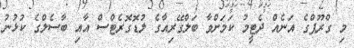
މި ގްރޫޕްގެ އަނެއް ދެޓީމު ކަމަށްވާ ބަލްގޭރިއާގެ ލުޑޮގޮރެޓްސް އާއި ބާސެލްގެ ކުޅުނު